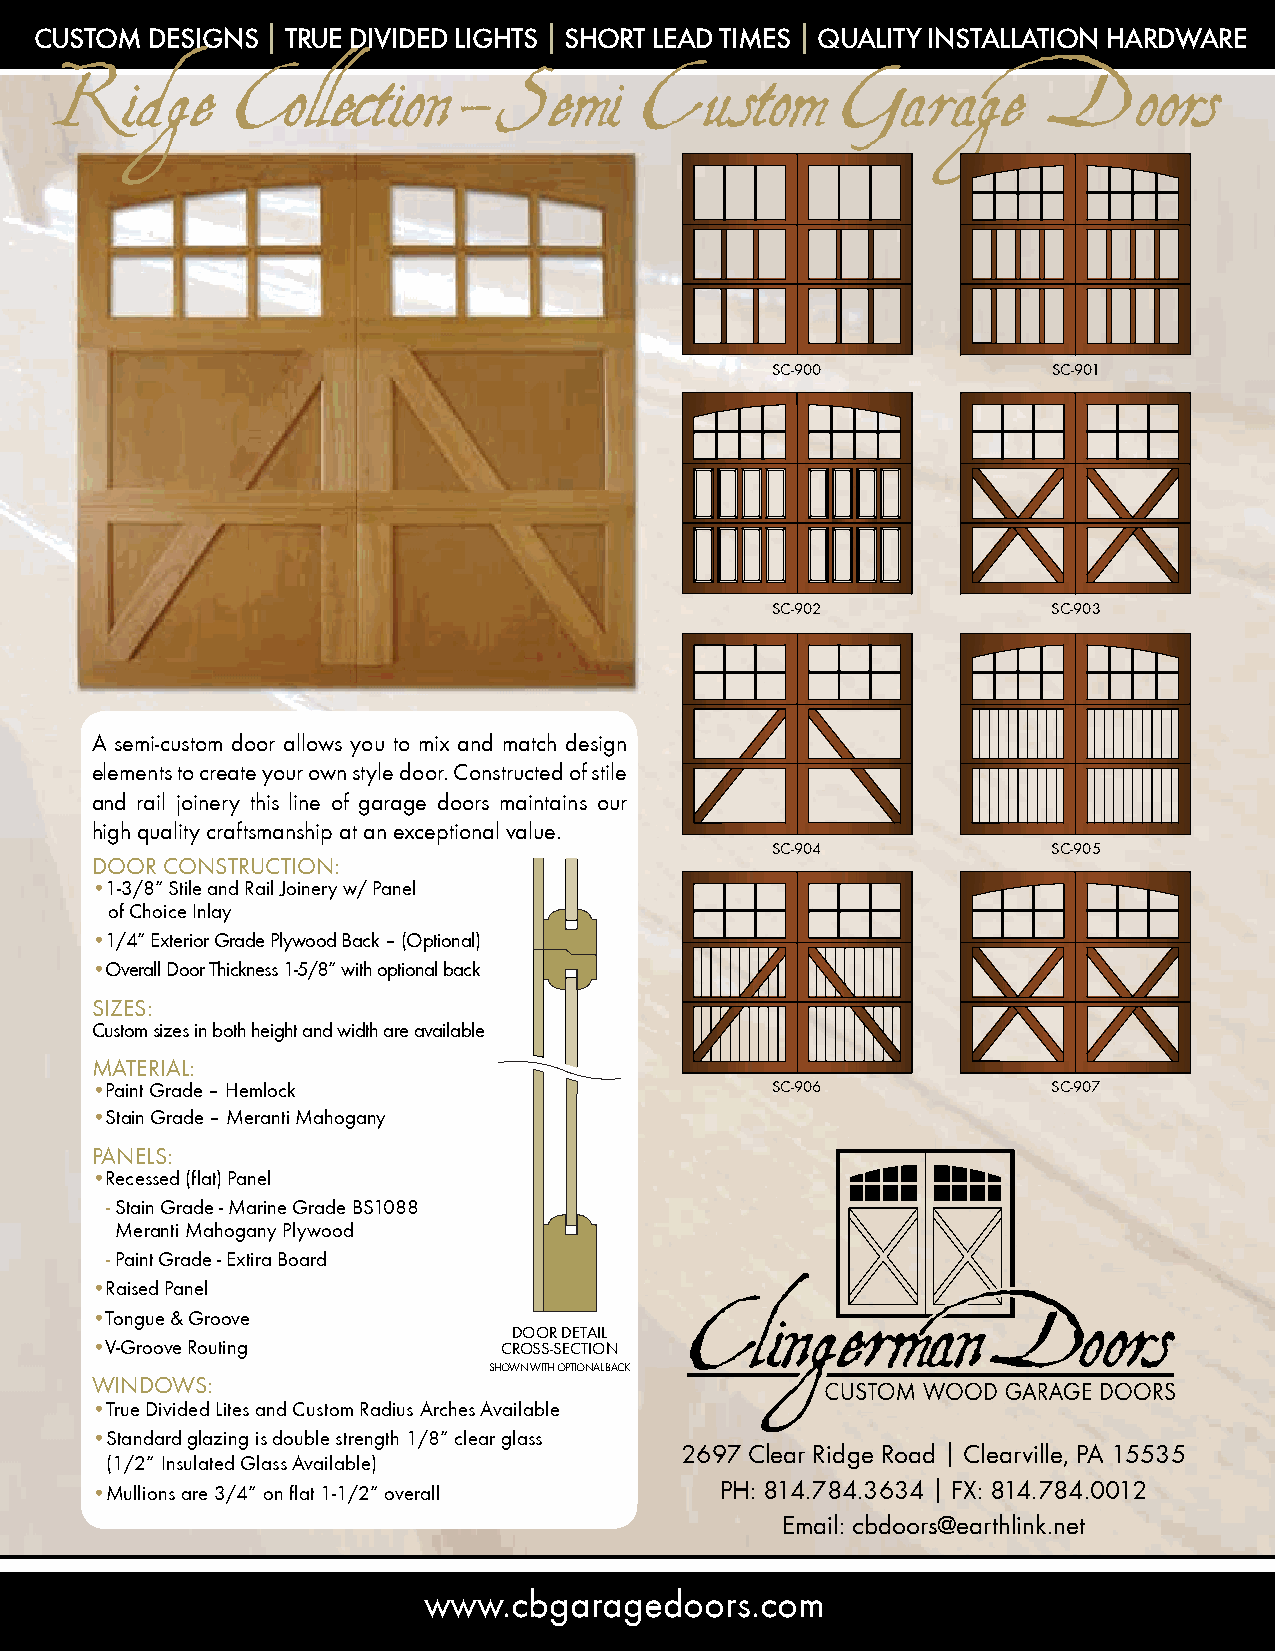
Custom  Designs | true DiviDeD Lights | short LeaD times | QuaLity instaLLation harDware
 Ridge       Collection     -  Semi     Custom        Garage       Doors
 sC-900             sC-901
 sC-902             sC-903
 A semi-custom door allows you to mix and match design
 elements to create your own style door. Constructed of stile
 and rail joinery this line of garage doors maintains our
 high quality craftsmanship at an exceptional value.
 sC-904             sC-905
 DooR ConstRuCtion:
 •1-3/8” stile and Rail Joinery w/ Panel
 of Choice inlay
 •1/4” Exterior Grade Plywood Back – (optional)
 •overall Door thickness 1-5/8” with optional back
 sizEs:
 Custom sizes in both height and width are available
 MAtERiAl:
 •Paint Grade – Hemlock                       sC-906             sC-907
 •stain Grade – Meranti Mahogany
 PAnEls:
 •Recessed (flat) Panel
 - stain Grade - Marine Grade Bs1088
 Meranti Mahogany Plywood
 - Paint Grade - Extira Board
 •Raised Panel
 •tongue & Groove
 DooR DEtAil
 •V-Groove Routing          CRoss-sECtion
 sHoWn WitH oPtionAl BACk
 WinDoWs:
 •true Divided lites and Custom Radius Arches Available
 •standard glazing is double strength 1/8” clear glass
 2697 Clear Ridge Road | Clearville, PA 15535
 (1/2” insulated Glass Available)
 •Mullions are 3/4” on flat 1-1/2” overall PH: 814.784.3634 | FX: 814.784.0012
 Email: cbdoors@earthlink.net
 www.cbgaragedoors.com